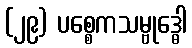
(၂၉) ပစ္စေကသမ္ဗုဒ္ဓေါ